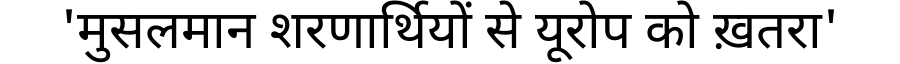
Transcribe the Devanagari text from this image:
'मुसलमान शरणार्थियों से यूरोप को ख़तरा'